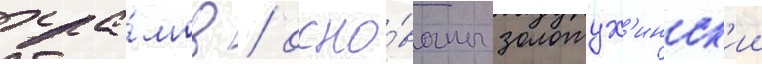
хра́мов / осно́ваны золотух'инск'ии